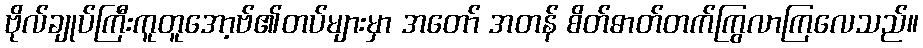
ဗိုလ်ချုပ်ကြီးကူတူအော့ဗ်၏တပ်များမှာ အတော် အတန် စိတ်ဓာတ်တက်ကြွလာကြလေသည်။